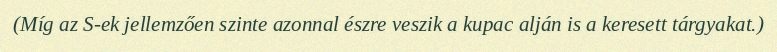
(Míg az S-ek jellemzően szinte azonnal észre veszik a kupac alján is a keresett tárgyakat.)